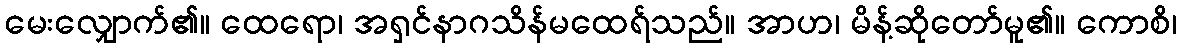
မေးလျှောက်၏။ ထေရော၊ အရှင်နာဂသိန်မထေရ်သည်။ အာဟ၊ မိန့်ဆိုတော်မူ၏။ ကောစိ၊